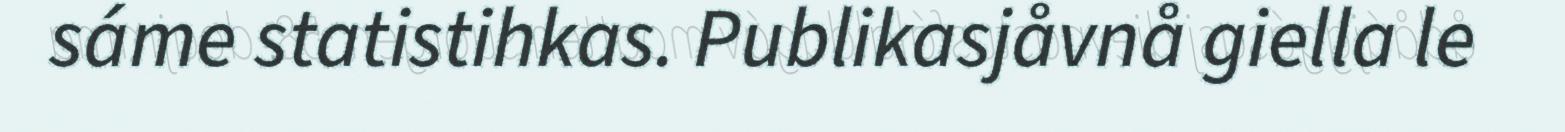
sáme statistihkas. Publikasjåvnå giella le